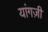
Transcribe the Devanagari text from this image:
यांगज़ी